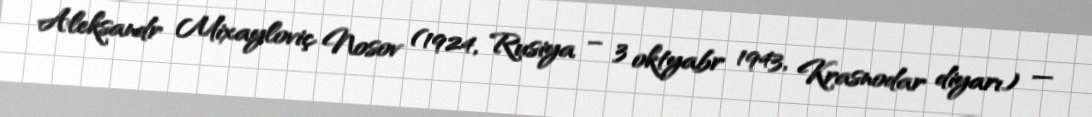
Aleksandr Mixayloviç Nosov (1924, Rusiya – 3 oktyabr 1943, Krasnodar diyarı) —